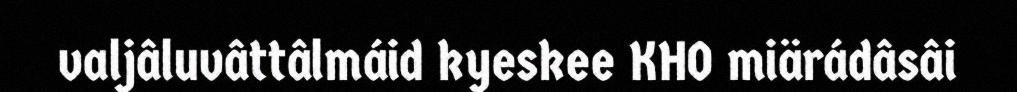
valjâluvâttâlmáid kyeskee KHO miärádâsâi